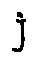
j